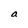
Character: a